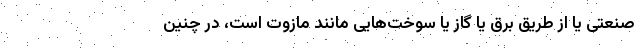
صنعتی یا از طریق برق یا گاز یا سوخت‌هایی مانند مازوت است، در چنین